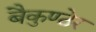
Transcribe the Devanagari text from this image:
बैकुण्ठेर